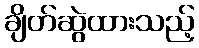
ချိတ်ဆွဲထားသည့်